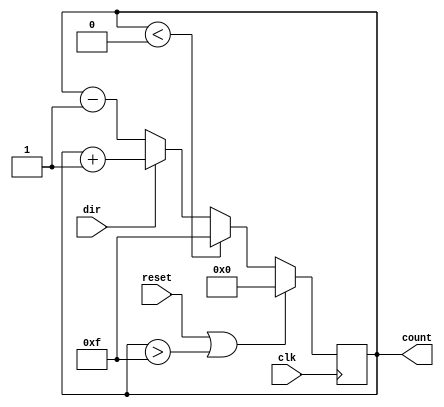
`timescale 1ns / 1ps

module up_down_counter(
    input clk,
    input reset,
    input dir,
	 output reg [3:0]count
    );
	 
	 initial begin
		count = 0;
	 end
	 
	 always @(posedge clk)
		begin
			if(reset || count > 15)
				count = 0;
			else if(count < 0)
				count = 15;
			else 
				begin
					if(dir)
						count = count + 1;
					else
						count = count - 1;
				end
		end

endmodule